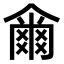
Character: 𤕨